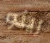
رينو